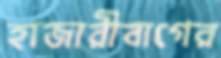
হাজারীবাগের